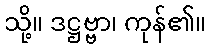
သို့။ ဒဋ္ဌဗ္ဗာ၊ ကုန်၏။